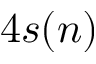
4 s ( n )